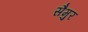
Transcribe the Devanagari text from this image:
सैमुर